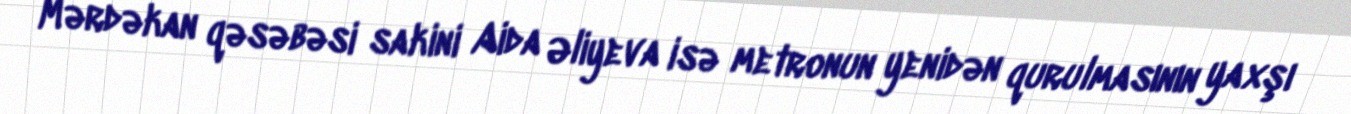
Mərdəkan qəsəbəsi sakini Aida Əliyeva isə metronun yenidən qurulmasının yaxşı